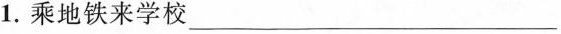
1.乘地铁来学校___